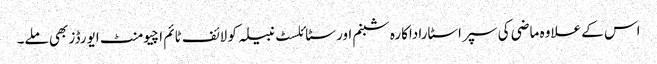
اس کے علاوہ ماضی کی سپر اسٹاراداکارہ شبنم اور سٹائلسٹ نبیلہ کو لائف ٹائم اچیومنٹ ایورڈز بھی ملے۔